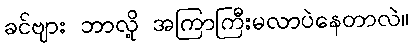
ခင်ဗျား ဘာလို့ အကြာကြီးမလာပဲနေတာလဲ။